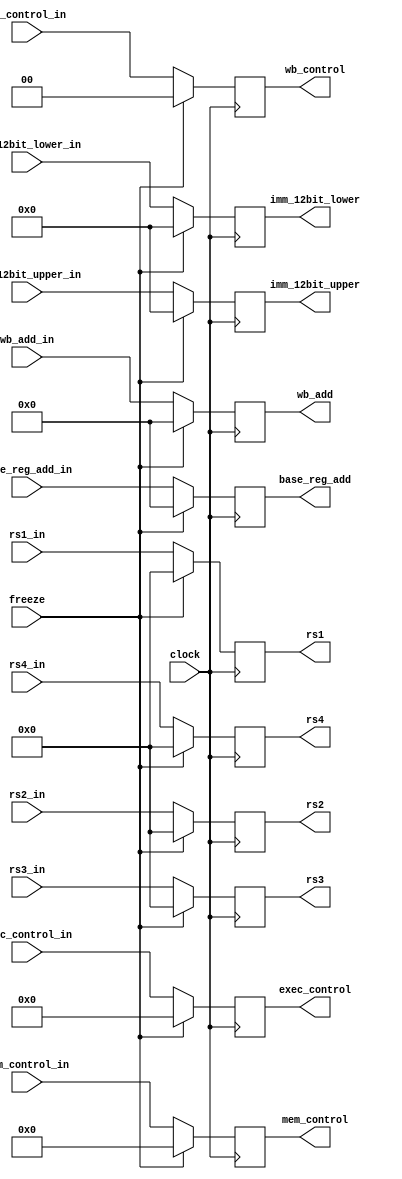
module id_alu_pipeline_reg (clock,freeze,exec_control_in,mem_control_in,wb_control_in,rs1_in,rs2_in,rs3_in,rs4_in,
  wb_add_in,base_reg_add_in,imm_12bit_upper_in,imm_12bit_lower_in,exec_control,mem_control,wb_control,rs1,rs2,rs3,
  rs4,wb_add,base_reg_add,imm_12bit_upper,imm_12bit_lower);
  
  parameter exec_control_width=10;
  parameter mem_control_width=7;
  parameter wb_control_width=2;
  
  input wire clock,freeze;
  
  input wire [exec_control_width-1:0] exec_control_in;
  input wire [mem_control_width-1:0] mem_control_in;
  input wire [wb_control_width-1:0] wb_control_in;
  input wire [31:0] rs1_in,rs2_in,rs3_in,rs4_in;
  input wire [3:0] wb_add_in,base_reg_add_in;
  input wire [11:0] imm_12bit_upper_in,imm_12bit_lower_in;
  
  output wire [exec_control_width-1:0] exec_control;
  output wire [mem_control_width-1:0] mem_control;
  output wire [wb_control_width-1:0] wb_control;
  output wire [31:0] rs1,rs2,rs3,rs4;
  output wire [3:0] wb_add,base_reg_add;
  output wire [11:0] imm_12bit_upper,imm_12bit_lower;
  
  reg [exec_control_width-1:0] exec_control_reg;
  reg [mem_control_width-1:0] mem_control_reg;
  reg [wb_control_width-1:0] wb_control_reg;
  reg [31:0] rs1_reg,rs2_reg,rs3_reg,rs4_reg;
  reg [3:0] wb_add_reg,base_reg_add_reg;
  reg [11:0] imm_12bit_upper_reg,imm_12bit_lower_reg;
  
  initial
  begin
    exec_control_reg=0;
    mem_control_reg=0;
    wb_control_reg=0;
    rs1_reg=0;
    rs2_reg=0;
    rs3_reg=0;
    rs4_reg=0;
    wb_add_reg=0;
    base_reg_add_reg=0;
    imm_12bit_upper_reg=0;
    imm_12bit_lower_reg=0;  
  end
  
  assign  exec_control=exec_control_reg,
          mem_control=mem_control_reg,
          wb_control=wb_control_reg,
          rs1=rs1_reg,
          rs2=rs2_reg,
          rs3=rs3_reg,
          rs4=rs4_reg,
          wb_add=wb_add_reg,
          base_reg_add=base_reg_add_reg,
          imm_12bit_upper=imm_12bit_upper_reg,
          imm_12bit_lower=imm_12bit_lower_reg; 
  
  
  always@(posedge clock)
  begin
    if(~freeze)
    begin
    exec_control_reg<=exec_control_in;
    mem_control_reg<=mem_control_in;
    wb_control_reg<=wb_control_in;
    rs1_reg<=rs1_in;
    rs2_reg<=rs2_in;
    rs3_reg<=rs3_in;
    rs4_reg<=rs4_in;
    wb_add_reg<=wb_add_in;
    base_reg_add_reg<=base_reg_add_in;
    imm_12bit_upper_reg<=imm_12bit_upper_in;
    imm_12bit_lower_reg<=imm_12bit_lower_in;
    end
    else
    begin
    exec_control_reg=0;
    mem_control_reg=0;
    wb_control_reg=0;
    rs1_reg=0;
    rs2_reg=0;
    rs3_reg=0;
    rs4_reg=0;
    wb_add_reg=0;
    base_reg_add_reg=0;
    imm_12bit_upper_reg=0;
    imm_12bit_lower_reg=0;
    end
  end
  
endmodule